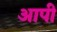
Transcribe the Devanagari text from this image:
आपी